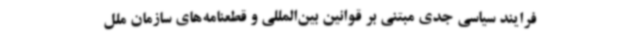
فرایند سیاسی جدی مبتنی بر قوانین بین‌المللی و قطعنامه‌های سازمان ملل